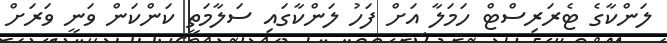
ލަންކާގެ ޓެރަރިސްޓް ހަމަލާ އަށް ފަހު ލަންކާގައި ސަލާމަތީ ކަންކަން ވަނީ ވަރަށް